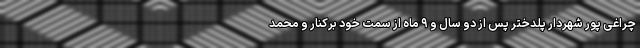
چراغی پور شهردار پلدختر پس از دو سال و ۹ ماه از سمت خود برکنار و محمد